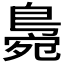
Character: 𪂧